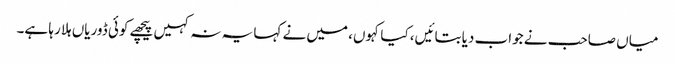
میاں صاحب نے جواب دیا بتائیں، کیا کہوں، میں نے کہا یہ نہ کہیں پیچھے کوئی ڈوریاں ہلا رہا ہے۔